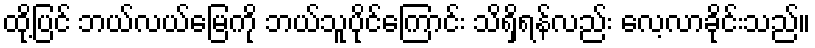
ထို့ပြင် ဘယ်လယ်မြေကို ဘယ်သူပိုင်ကြောင်း သိရှိရန်လည်း လေ့လာခိုင်းသည်။